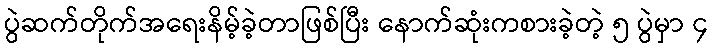
ပွဲဆက်တိုက်အရေးနိမ့်ခဲ့တာဖြစ်ပြီး နောက်ဆုံးကစားခဲ့တဲ့ ၅ ပွဲမှာ ၄